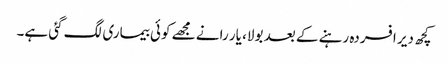
کچھ دیر افسردہ رہنے کے بعد بولا، یار رانے مجھے کوئی بیماری لگ گئی ہے۔